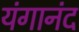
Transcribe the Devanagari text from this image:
यंगानंद